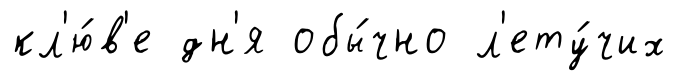
кл'ю́в'е дн'я обы́чно л'ету́чих